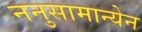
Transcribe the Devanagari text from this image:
ननुसामान्येन